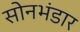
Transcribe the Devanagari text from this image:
सोनभंडार